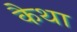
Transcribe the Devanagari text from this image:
कैथा